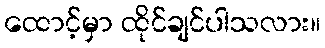
ထောင့်မှာ ထိုင်ချင်ပါသလား။